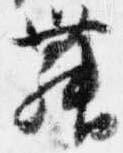
舞